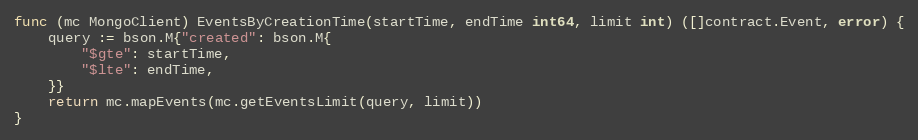
Language: Go
func (mc MongoClient) EventsByCreationTime(startTime, endTime int64, limit int) ([]contract.Event, error) {
	query := bson.M{"created": bson.M{
		"$gte": startTime,
		"$lte": endTime,
	}}
	return mc.mapEvents(mc.getEventsLimit(query, limit))
}